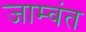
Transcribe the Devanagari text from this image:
जाम्वंत